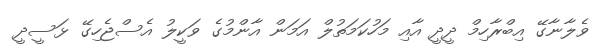
ވެލާނާގޭ އިބްރާހިމް ދީދީ އާއި މަހުކަމަތުލް އަމަން އާންމުގެ ވަކީލު އެސްޖެހިގޭ ޅަސީދީ